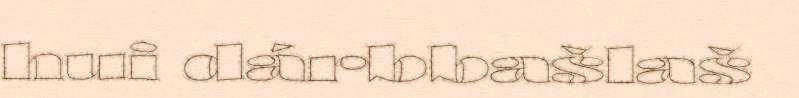
hui dárbbašlaš